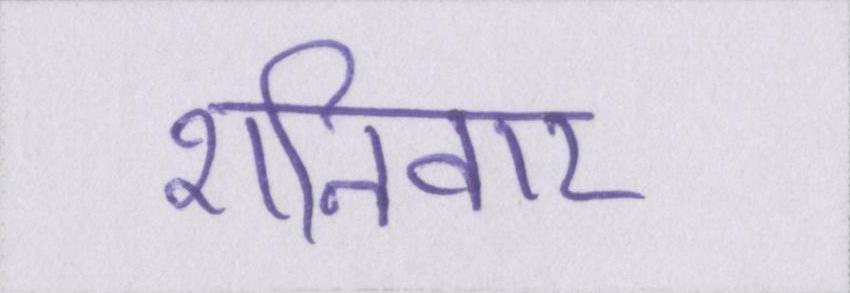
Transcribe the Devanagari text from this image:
शनिवार